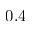
0 . 4